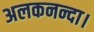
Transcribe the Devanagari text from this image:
अलकनन्दा।